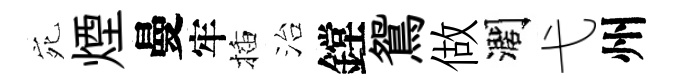
宛煙曼牢插治鏜鴛做濶弋州